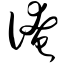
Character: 淹